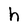
Character: h